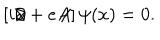
\left[ i \partial \! \! \! / + e A \! \! \! / \right] \psi ( x ) = 0 .